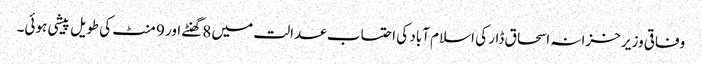
وفاقی وزیر خزانہ اسحاق ڈار کی اسلام آباد کی احتساب عدالت میں 8گھنٹے اور 9 منٹ کی طویل پیشی ہوئی۔